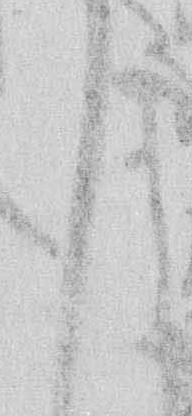
之